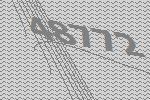
48772